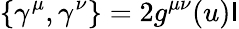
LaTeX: \left\{ \gamma^{\mu},\gamma^{\nu}\right\} =2g^{\mu\nu}(u)\mathsf{I}